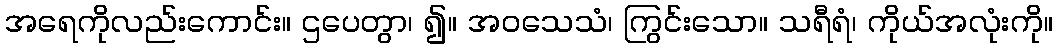
အရေကိုလည်းကောင်း။ ဌပေတွာ၊ ၍။ အဝသေသံ၊ ကြွင်းသော။ သရီရံ၊ ကိုယ်အလုံးကို။